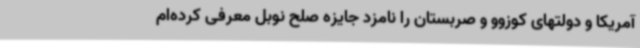
آمریکا و دولتهای کوزوو و صربستان را نامزد جایزه صلح نوبل معرفی کرده‌ام